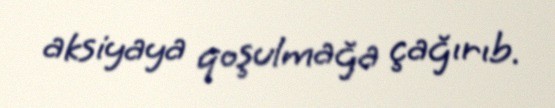
aksiyaya qoşulmağa çağırıb.